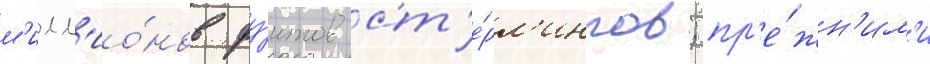
м'илл'ио́нов фу́нтов ст'е́рл'ингов; пр'е́жн'им'и